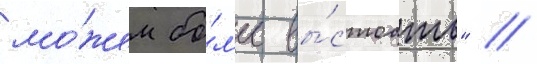
мо́жем бо́л'ее вы́стоать" //